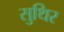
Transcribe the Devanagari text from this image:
सुथिर